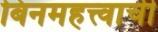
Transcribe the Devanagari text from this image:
बिनमहत्त्वाची